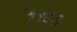
૧૧૬૭